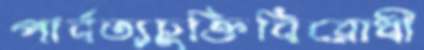
পার্বত্যচুক্তিবিরোধী